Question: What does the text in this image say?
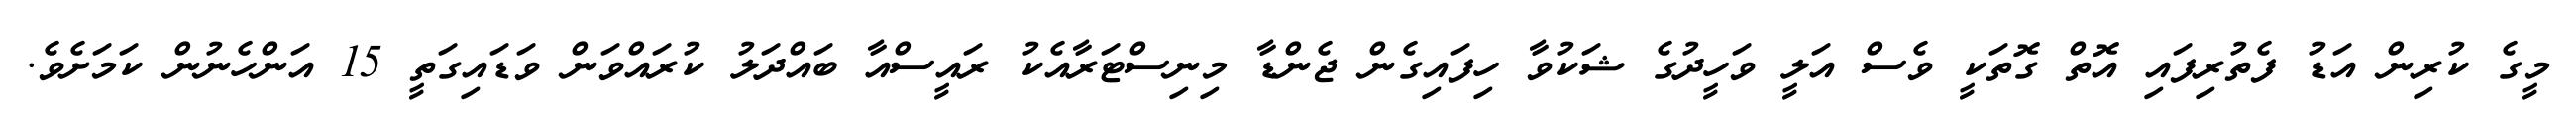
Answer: މީގެ ކުރިން އަޑު ފެތުރިފައި އޮތް ގޮތަކީ ވެސް އަލީ ވަހީދުގެ ޝަކުވާ ހިފައިގެން ޖެންޑާ މިނިސްޓަރާއެކު ރައީސްއާ ބައްދަލު ކުރައްވަން ވަޑައިގަތީ 15 އަންހެނުން ކަމަށެވެ.